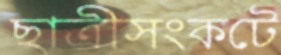
ছাত্রীসংকটে